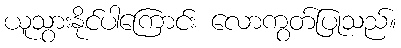
ယူသွားနိုင်ပါကြောင်း လောကွတ်ပြုသည်။